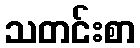
သတင်းစာ